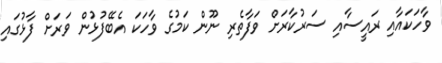
ވާހަކައާއި ރައީސާއި ސަރުކާރަށް ވަފާތެރި ނޫން ކަމުގެ ވާހަކަ އެބޭފުޅުން ވަރަށް ފާޅުގައި